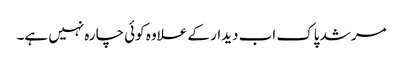
مرشد پاک اب دیدار کے علاوہ کوئی چارہ نہیں ہے۔